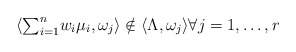
\begin{align*} \langle {\textstyle \sum_{i=1}^n } w_i \mu_i , \omega_j \rangle \notin\langle \Lambda , \omega_j \rangle \forall j=1,\ldots,r \end{align*}